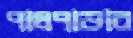
পালপাড়ার